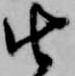
由